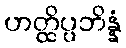
ဟတ္ထိပ္ပဘိန္နံ